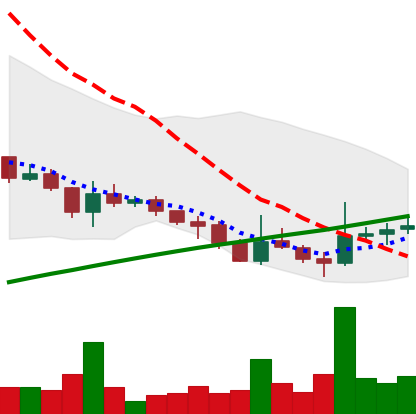
Ticker: DOGE-USD
Chart end date: 2021-07-24
Forward return: 3.7%
Label: up_3_5